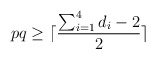
\begin{align*}pq\ge \lceil \frac{\sum_{i=1}^4 d_i -2}{2} \rceil\end{align*}